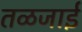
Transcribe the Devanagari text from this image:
तळजाई